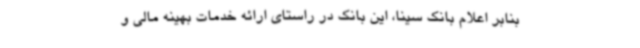
بنابر اعلام بانک سینا، این بانک در راستای ارائه خدمات بهینه مالی و